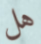
هل